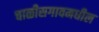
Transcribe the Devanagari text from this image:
चाळीसगावमधील